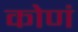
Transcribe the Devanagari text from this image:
कोणं